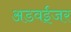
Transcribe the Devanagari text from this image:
अडवईजर